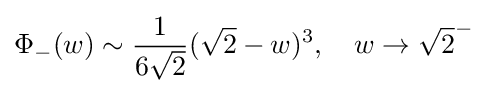
\Phi _{-}(w)\sim {\frac {1}{6{\sqrt {2}}}}({\sqrt {2}}-w)^{3},\quad w\to {\sqrt {2}}^{-}